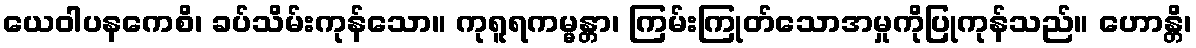
ယေဝါပနကေစိ၊ ခပ်သိမ်းကုန်သော။ ကုရူရကမ္မန္တာ၊ ကြမ်းကြုတ်သောအမှုကိုပြုကုန်သည်။ ဟောန္တိ၊